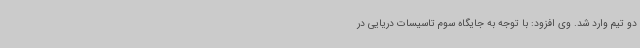
دو تیم وارد شد. وی افزود: با توجه به جایگاه سوم تاسیسات دریایی در